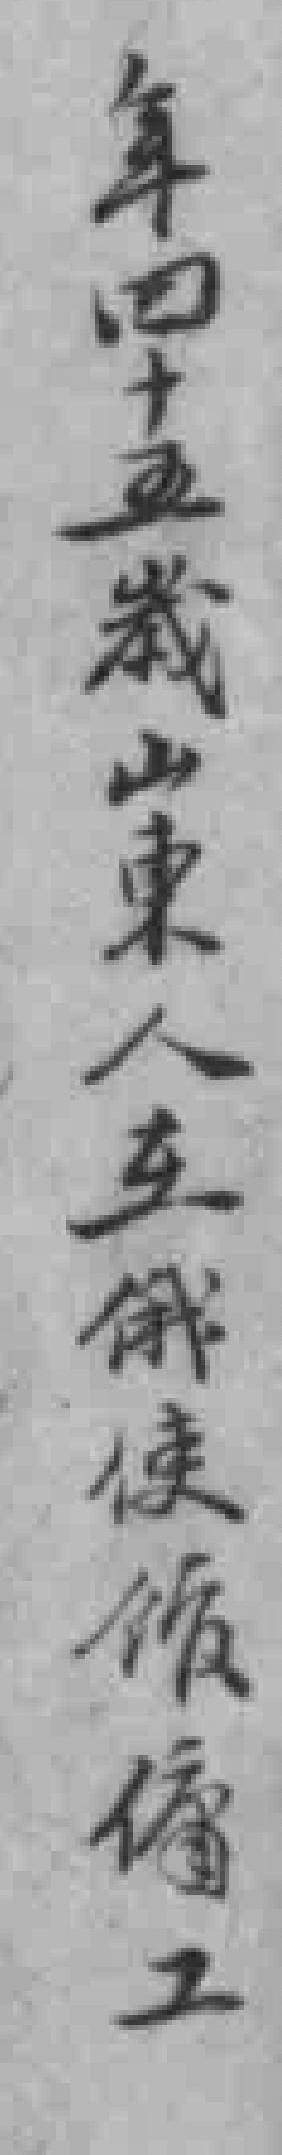
年四十五歲山東人在俄使馆傭工